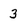
Character: 3